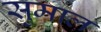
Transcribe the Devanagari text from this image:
सुमाल